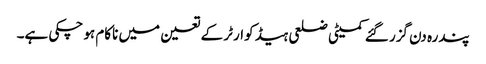
پندرہ دن گزر گئے کمیٹی ضلعی ہیڈ کوارٹر کے تعین میں ناکام ہو چکی ہے۔